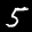
Label: 5